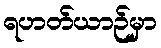
ရဟတ်ယာဉ်မှာ